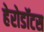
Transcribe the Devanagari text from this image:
हेरोडॉटस